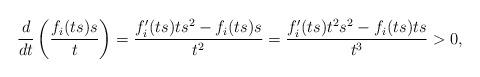
LaTeX: \begin{align*} \frac{d}{dt}\left(\frac{f_{i}(ts)s}{t}\right)=\frac{f_{i}'(ts)ts^{2}-f_{i}(ts)s}{t^{2}}=\frac{f_{i}'(ts)t^{2}s^{2}-f_{i}(ts)ts}{t^{3}}>0,\end{align*}